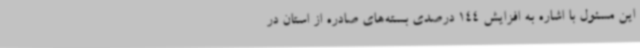
این مسئول با اشاره به افزایش 144 درصدی بسته‌های صادره از استان در